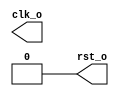
module clkrst(clk_o, rst_o);

//
// I/O ports
//
output	clk_o;	// Clock
output	rst_o;	// Reset

//
// Internal regs
//
reg	clk_o;	// Clock
reg	rst_o;	// Reset

initial begin
	clk_o = 0;
	rst_o = 1;
	#20;
	rst_o = 0;
end

//
// Clock
//
always #4 clk_o = ~clk_o;

endmodule